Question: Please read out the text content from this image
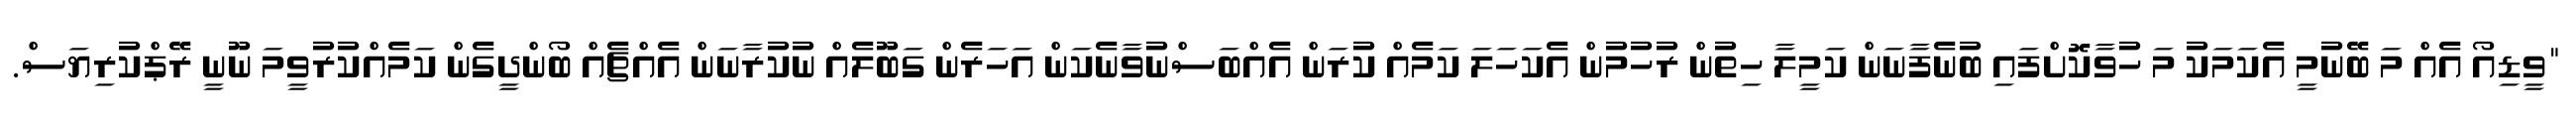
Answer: "ވީޑިއޯ އެއް މަ ބޭނުމީ އެކަމަކު މަ ހުވާކޮށްފައި ބުނެފާނަން ކަމީލާ ހިތުން ރުހުމުން އެކަހަލަ ކަމެއް ކުރަން އެއްބަސްނުވާނެކަން އަހަރެން ގަބޫލެއް ނުކުރާނަން އެއްޗެއް ބޯންދީގެން ކަމެއްކުރުވީމަ ނޫނީ ރޭޕްކުރިޔަސް.